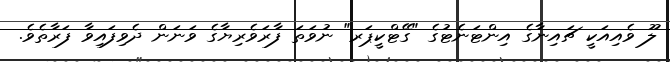
ލޫ ވެއިއަކީ ޗައިނާގެ އިންޓަނެޓުގެ "ގޭޓްކީޕަރ" ނުވަތަ ފާރަވެރިޔާގެ ވަނަން ދެވިފައިވާ ފަރާތެވެ.